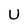
Character: U